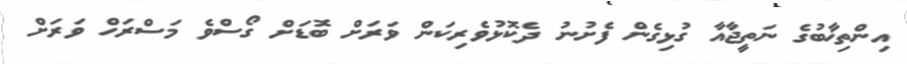
އިންތިޚާބުގެ ނަތީޖާއާ ގުޅިގެން ފެށުނު ދެކޮޅުވެރިކަން ވަރަށް ބޮޑަށް ގޯސްވެ މަސްރަހް ވަރަށް